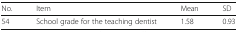
<table><thead><tr><td><b>No.</b></td><td><b>Item</b></td><td><b>Mean</b></td><td><b>SD</b></td></tr></thead><tbody><tr><td>54</td><td>School grade for the teaching dentist</td><td>1.58</td><td>0.93</td></tr></tbody></table>